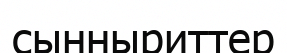
сынныриттер